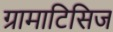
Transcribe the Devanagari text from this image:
ग्रामाटिसिज